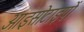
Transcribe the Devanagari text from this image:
आइसोटाइपों